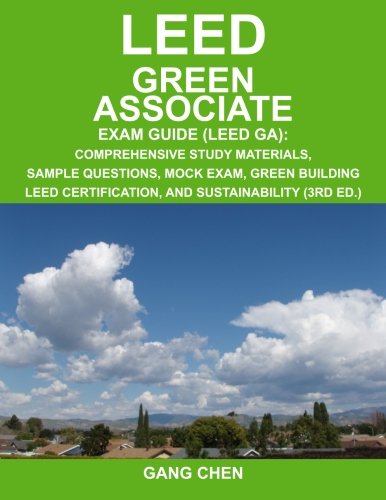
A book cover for LEED Green Associate Exam Guide: Comprehensive Study Materials, Sample Questions, Mock Exam, Green Building LEED Certification, and Sustainability, 3rd Edition; Gang Chen; Crafts, Hobbies & Home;